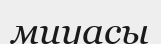
миуасы